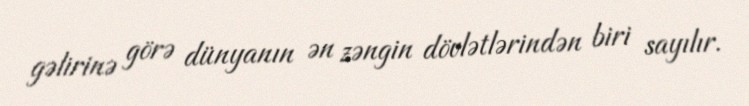
gəlirinə görə dünyanın ən zəngin dövlətlərindən biri sayılır.